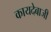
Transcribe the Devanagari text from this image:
कायदेबाजी